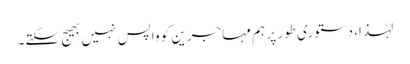
لہٰذا، دستوری طور پر ہم مہاجرین کو واپس نہیں بھیج سکتے۔